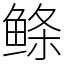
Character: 鲦